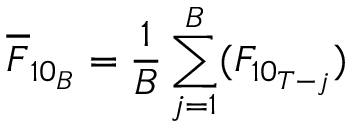
\overline { { F } } _ { 1 0 _ { B } } = \frac { 1 } { B } \sum _ { j = 1 } ^ { B } ( F _ { 1 0 _ { T - j } } )